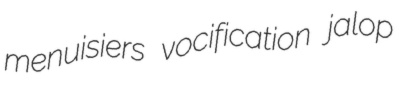
menuisiers vocification jalop